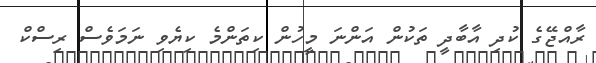
ރާއްޖޭގެ ކުދި އާބާދީ ތަކުން އަންނަ މީހުން ކިތަންމެ ކިޔެވި ނަމަވެސް ރިސްކް